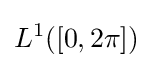
L^{1}([0,2\pi ])